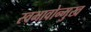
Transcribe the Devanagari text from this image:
स्वभावोन्मुख